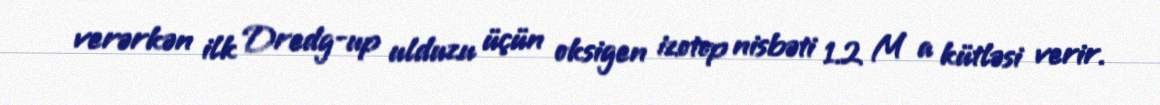
verərkən ilk Dredg-up ulduzu üçün oksigen izotop nisbəti 1.2 M a kütləsi verir.